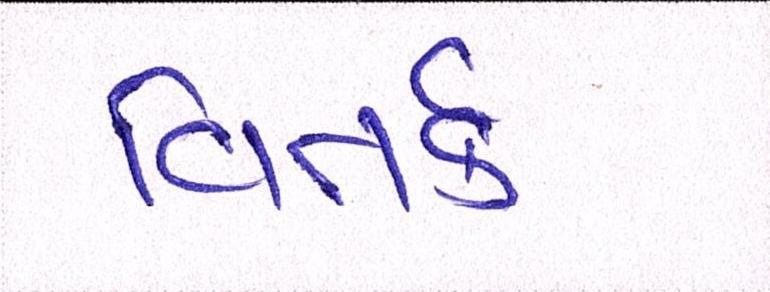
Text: વિતર્ક